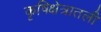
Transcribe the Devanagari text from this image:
कृषिक्षेत्रातली